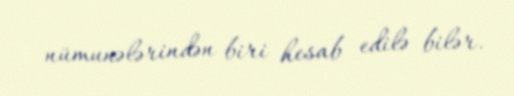
nümunələrindən biri hesab edilə bilər.